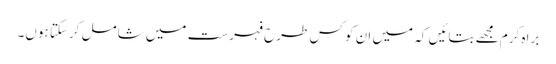
براہ کرم مجھے بتائیں کہ میں ان کو کس طرح فہرست میں شامل کرسکتا ہوں۔